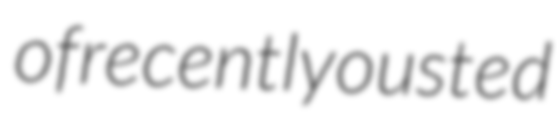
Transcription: of recently ousted